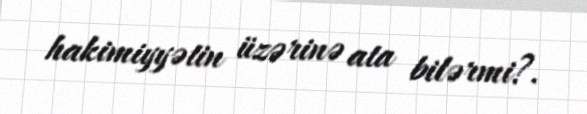
hakimiyyətin üzərinə ata bilərmi?.